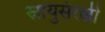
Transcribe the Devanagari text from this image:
स्नायुसंरक्षी